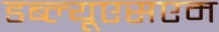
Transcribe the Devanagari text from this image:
डब्ल्यूएसएम